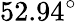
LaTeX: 52.94^{\circ}